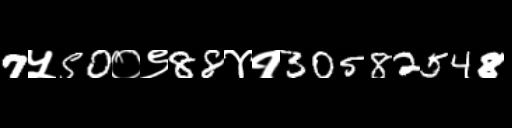
Text: 7५50०९88४१30582548